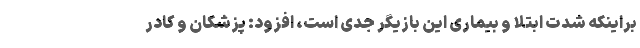
براینکه شدت ابتلا و بیماری این بازیگر جدی است، افزود:‌ پزشکان و کادر